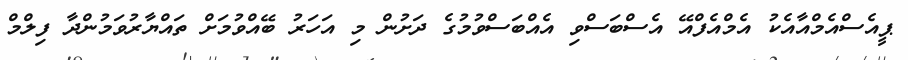
ޕީއެސްއެމްއާއެކު އެމްއެފްއޭ އެސްބަސްވި އެއްބަސްވުމުގެ ދަށުން މި އަހަރު ބޭއްވުމަށް ތައްޔާރުވަމުންދާ ފިލްމް